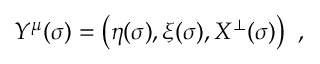
Y ^ { \mu } ( \sigma ) = \left( \eta ( \sigma ) , \xi ( \sigma ) , X ^ { \bot } ( \sigma ) \right) \ ,